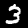
Digit: 3